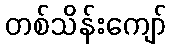
တစ်သိန်းကျော်